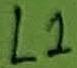
Text: L1